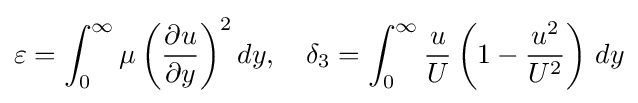
\varepsilon =\int _{0}^{\infty }\mu \left({\frac {\partial u}{\partial y}}\right)^{2}dy,\quad \delta _{3}=\int _{0}^{\infty }{\frac {u}{U}}\left(1-{\frac {u^{2}}{U^{2}}}\right)\,dy